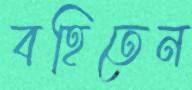
বহিতেন